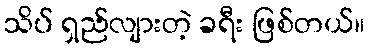
သိပ် ရှည်လျားတဲ့ ခရီး ဖြစ်တယ်။